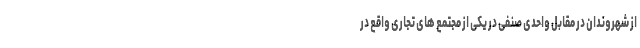
از شهروندان در مقابل واحدی صنفی در یکی از مجتمع های تجاری واقع در